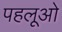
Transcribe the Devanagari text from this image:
पहलूओ